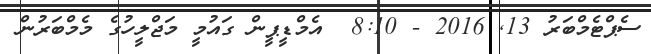
ސެޕްޓެމްބަރު 13